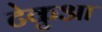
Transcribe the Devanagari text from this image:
टेकुआ